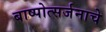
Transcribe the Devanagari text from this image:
बाष्पोत्सर्जनाचे